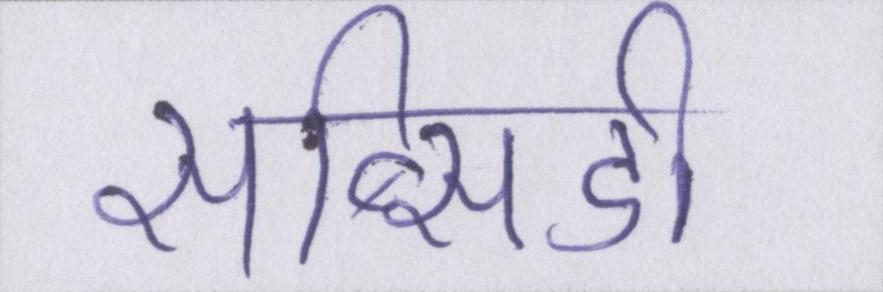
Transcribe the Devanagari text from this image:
सब्सिडी